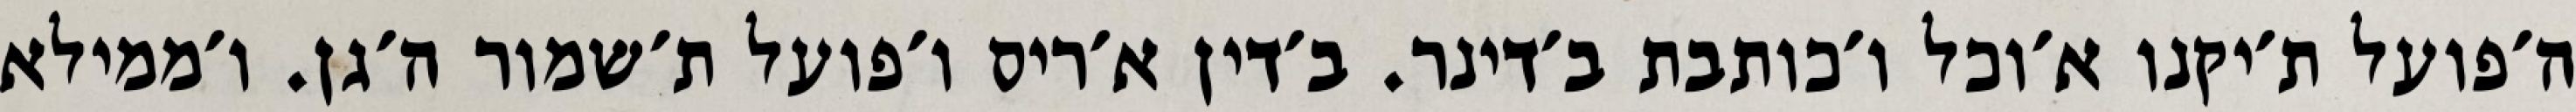
ה׳פועל ת׳יקנו א׳וכל ו׳כותבת ב׳דינר. ב׳דין א׳ריס ו׳פועל ת׳שמור ה׳גן. ו׳ממילא